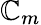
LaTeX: \mathbb{C}_{m}